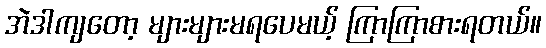
အဲဒါကျတော့ များများမရပေမယ့် ကြာကြာစားရတယ်။